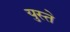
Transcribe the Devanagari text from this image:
युस्ते